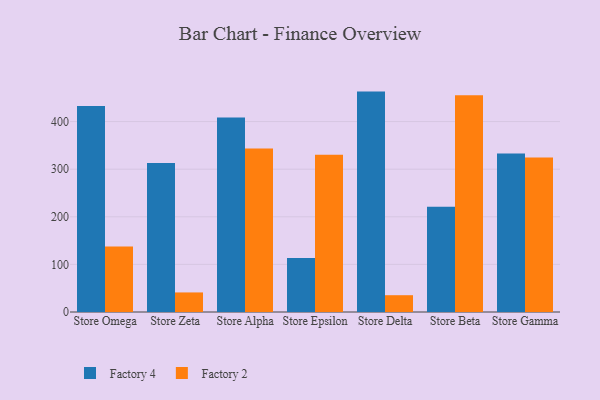
{"axis": {"x": "Store", "y": "Headcount"}, "legend": ["Factory 2", "Factory 4"], "data": [{"x": "Store Omega", "y": 432.6, "type": "Factory 4"}, {"x": "Store Omega", "y": 137.4, "type": "Factory 2"}, {"x": "Store Zeta", "y": 312.8, "type": "Factory 4"}, {"x": "Store Zeta", "y": 41.1, "type": "Factory 2"}, {"x": "Store Alpha", "y": 408.6, "type": "Factory 4"}, {"x": "Store Alpha", "y": 343.3, "type": "Factory 2"}, {"x": "Store Epsilon", "y": 113.5, "type": "Factory 4"}, {"x": "Store Epsilon", "y": 330.6, "type": "Factory 2"}, {"x": "Store Delta", "y": 463.0, "type": "Factory 4"}, {"x": "Store Delta", "y": 35.3, "type": "Factory 2"}, {"x": "Store Beta", "y": 220.9, "type": "Factory 4"}, {"x": "Store Beta", "y": 455.1, "type": "Factory 2"}, {"x": "Store Gamma", "y": 333.1, "type": "Factory 4"}, {"x": "Store Gamma", "y": 324.6, "type": "Factory 2"}]}